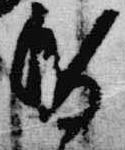
昏